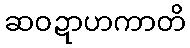
ဆဝဍာဟကာတိ